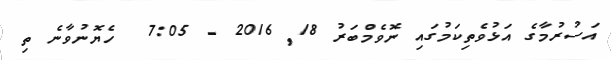
އަސުރުމާގެ އަޅުވެތިކަމުގައި ނޮވެމްބަރު 18